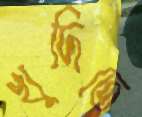
খুদিতে